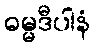
ဓမ္မဒီပါနံ